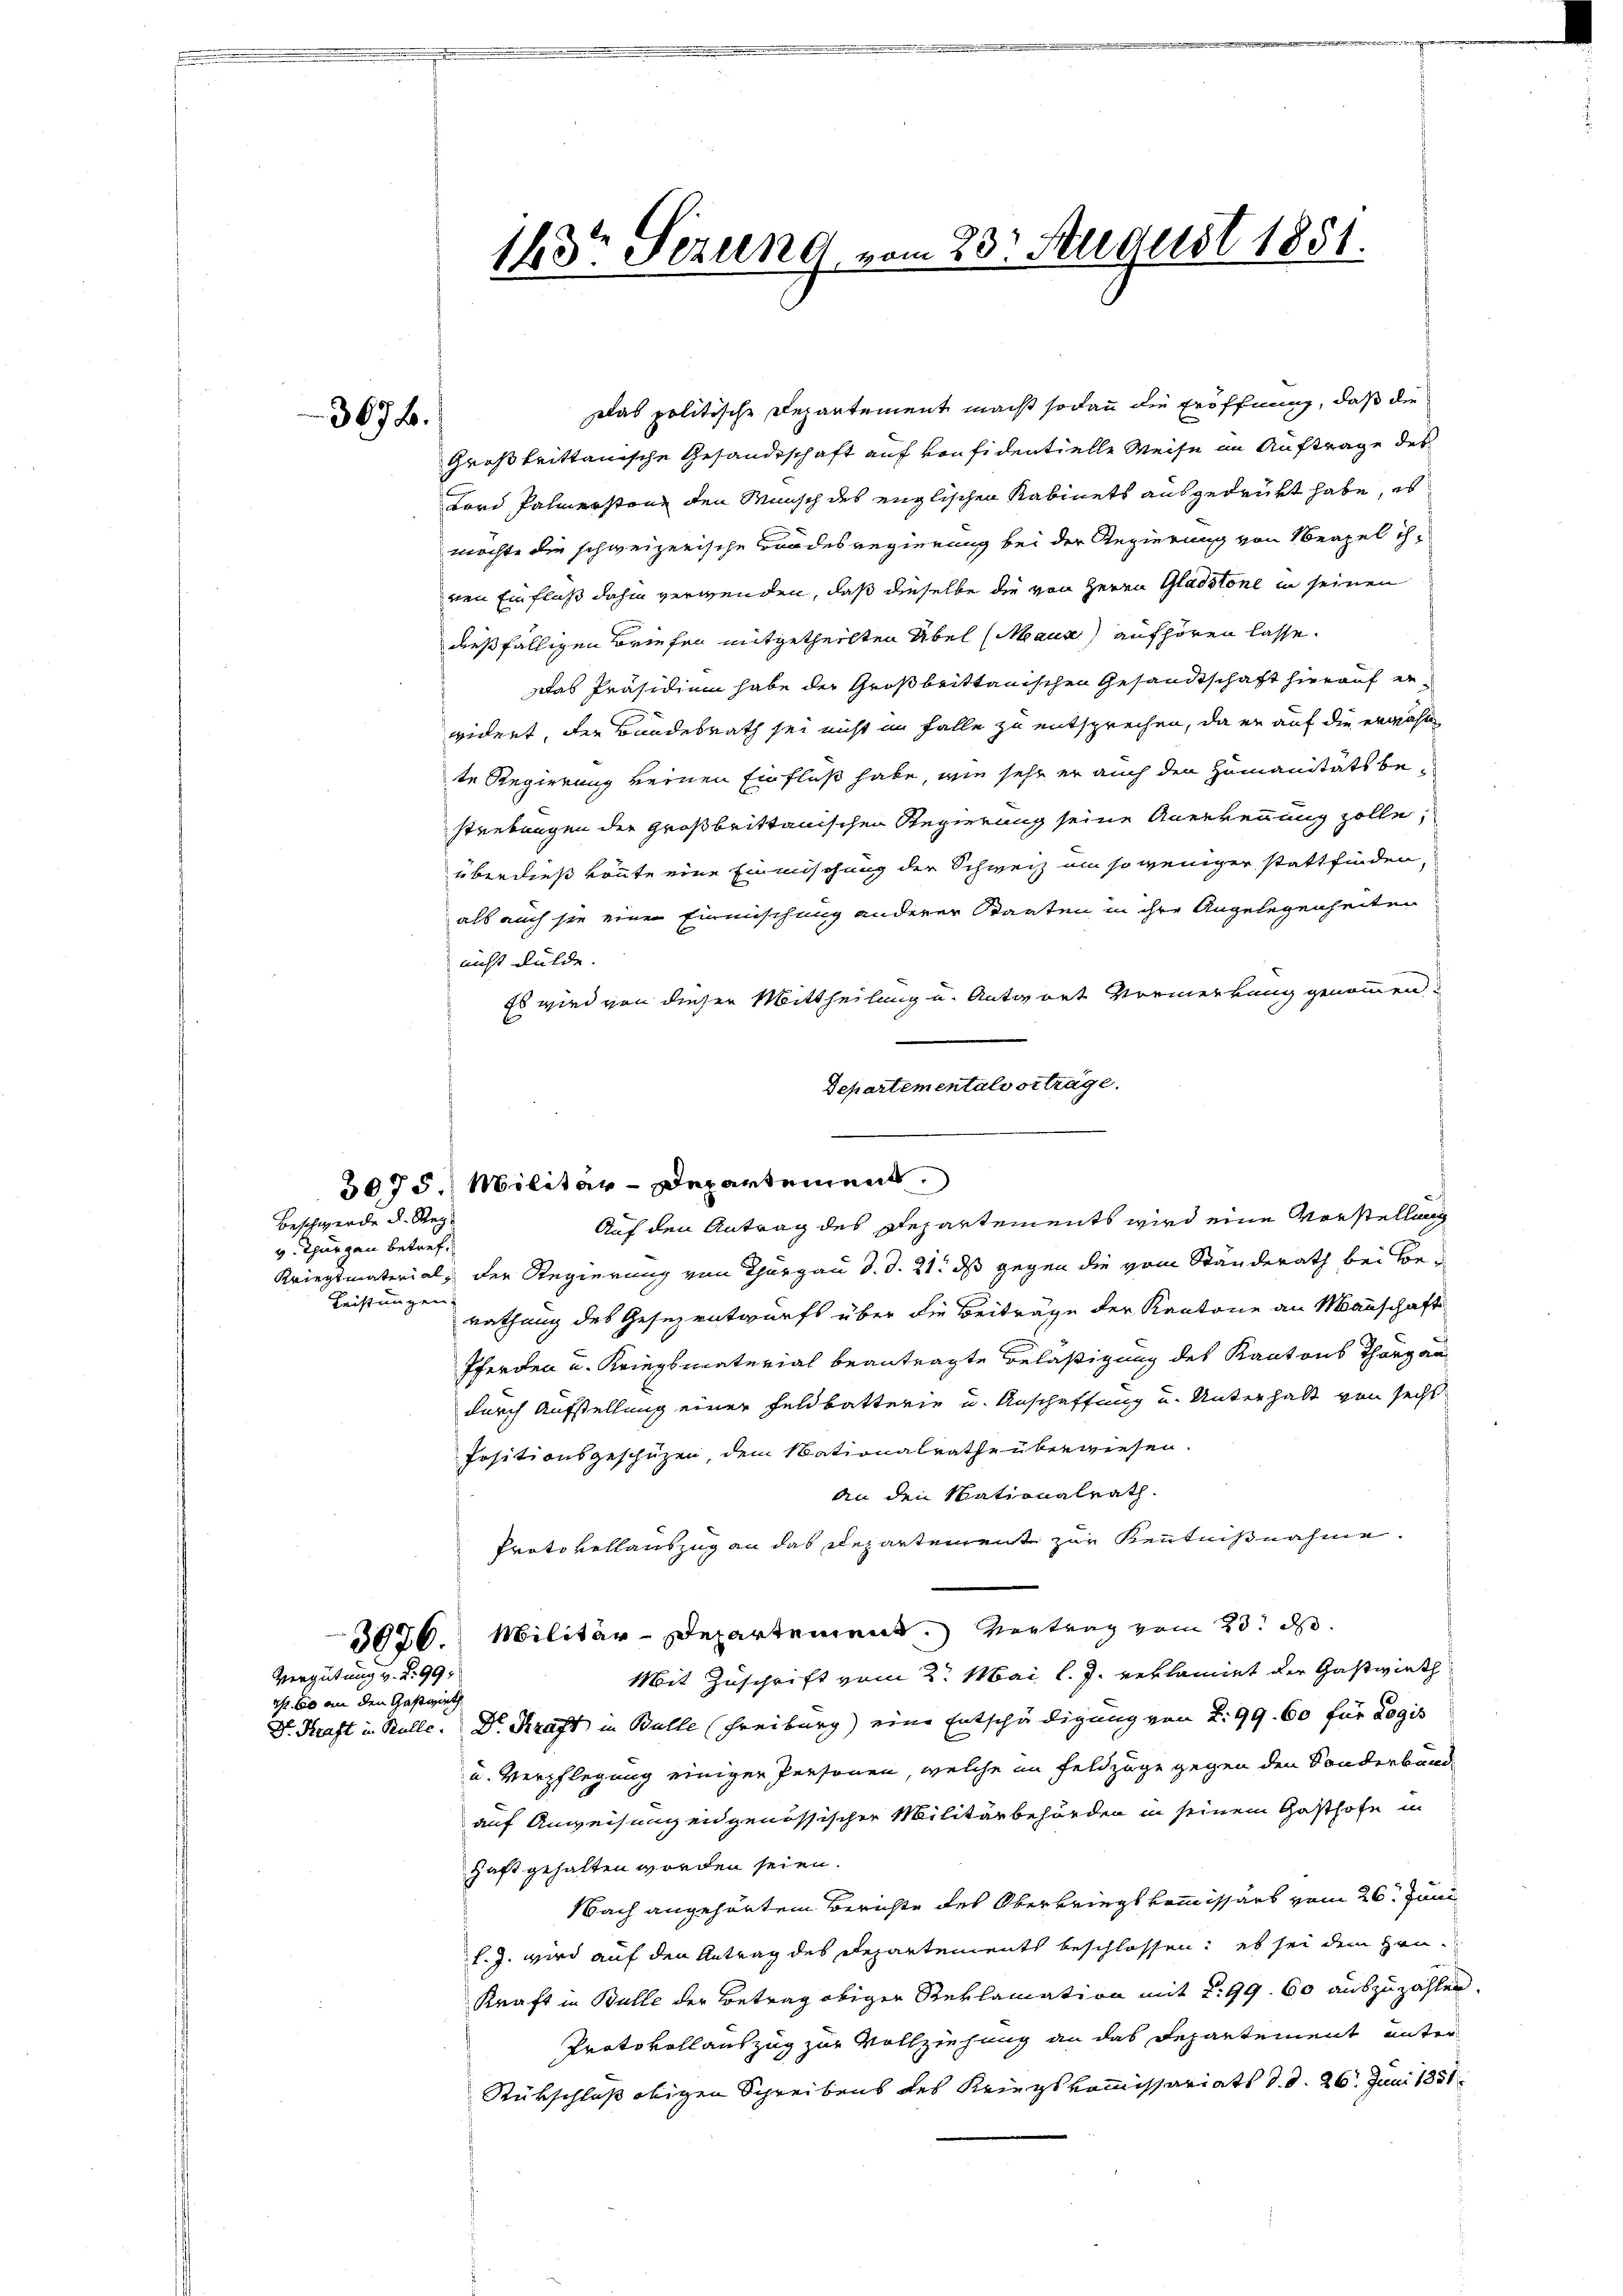
367.

Beschwerde d. Reg
v. Thurgau betref¬
Leistungen

Das politische Departement macht sodann die Eröffnung, daß die
Großbrittanische Gesandeschaft auf von fidentielle Weise in Auftrage des
Lord, Palmerstenz den Mensch des englischen Kabinets ausgedruckt habe, es
möchte die schweizerische Bandesregierung bei der Regierung von Neapel ihnen Einfluß dahin verwenden, daß dieselbe die von Herrn Gladstone in seinen
dießfälligen Briefen mitgetheilten Übel (Maur aufhören lasse.
Das Präsidium habe der Großbrittanischen Gesandtschaft hierauf er
widert, der Bundesrath sei nicht im Falle zu entsprechen, da er auf die erwähl
te Regierung keinen Einfluß habe, wie sehr er auch den Humanitäts bestrebungen der Großbrittanischen Regierung seine Anerkennung zolle,
überdieß könnte eine Einmischung der Schweiz um so weniger stattfinden,
als auch sie eine Einmischung anderer Staaten in ihre Angelegenheiten
nicht dulde.

Es wird von diesen Mittheilung und Antwort Vormerkung genommen
Departementalvorträge.
Auf den Antrag des Departements wird eine Vorstellung
Kriegsmaterial, der Regierung von Thurgau d. d. 21. ds gegen die vom Ständerath bei Berathung des Gesezentwurfs über die Beiträge der Kantone an Mannschaft
Pferden u. Kriegsmaterial beantragte Beläßigung des Kantons Thorgan
durch Aufstellung einer Feldbatterie u. Anschaffung und Unterhalt von secht
Positionsgeschützen, dem Nationalrathe überwiesen.
An den Mationalrath
Protokollauszug an das Departement zur Kenntnißnahme.
3636. Militär-Departement. Vertrag vom 23. d.
Mit Zuschrift vom 2. Mai l. J. reklamiet der Gastwirth
Dr. Kraft in Rolle. Dr. Kraft in Bulle (Freiburg) eine Entschädigung von L. 99. 60 für Logis
u. Verpflegung einiger Personen, welche im Feldzüge gegen den Sonderbundauf Anweisung engenössischer Militärbehörden in seinem Gasthofe in
Haft gehalten worden seien.
Nach angehörtem Berichte des Oberkriegskommissärs vom 26. Juni
f. J. wird auf den Antrag des Departements beschlossen: es sei dem Heu¬
Kraft in Bulle der Betrag obiger Reklamation mit 299. 60 auszuzahlen.
Protokollauszug zur Vollziehung an das Departement unter
Rückschluß obigen Schreibens des Kriegskommissariats d. d. 26. Juni 1851

Vergütung v. d. 99.
I. 60 an den Gastwirth

143 Sizung vom 23. August 1851.

3075. Militär-Departement.